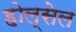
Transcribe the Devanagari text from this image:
होल्सेल